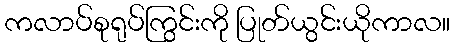
ကလာပ်စုရုပ်ကြွင်းကို ပြုတ်ယွင်းယိုကာလ။